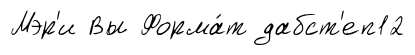
Мэр'и Вы Форма́т дабст'еп12